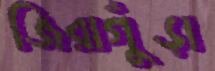
জিরাগুঁড়া